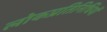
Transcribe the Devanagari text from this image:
लोकप्रतिनिधियों